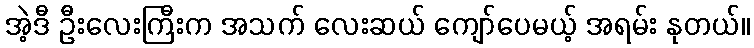
အဲ့ဒီ ဦးလေးကြီးက အသက် လေးဆယ် ကျော်ပေမယ့် အရမ်း နုတယ်။